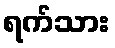
ရက်သား